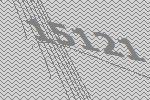
15121